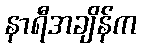
နာရီအချိန်က